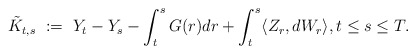
\begin{align*}\tilde K_{t,s} \ := \ Y_t - Y_s - \int_t^s G(r) dr + \int_t^s \langle Z_r,dW_r\rangle, t\leq s\leq T.\end{align*}